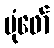
ပုံဖော်